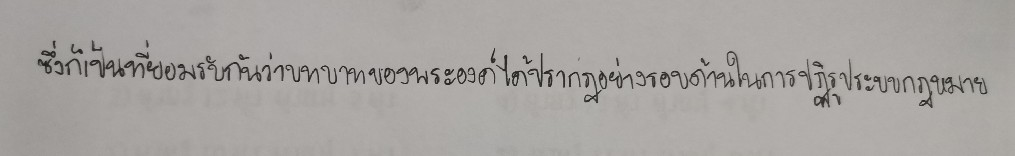
ซึ่งก็เป็นที่ยอมรับกันว่าบทบาทของพระองค์ได้ปรากฏอย่างรอบด้านในการปฏิรูประบบกฎหมาย